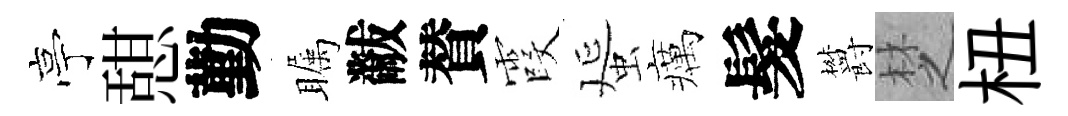
亭憇勤瞩黻賛霞蜑癘髮欝椘杻